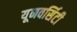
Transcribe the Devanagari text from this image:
यूनवर्सिटी